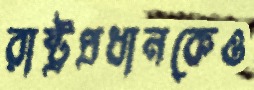
রাষ্ট্রপ্রধানকেও